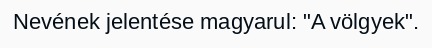
Nevének jelentése magyarul: "A völgyek".